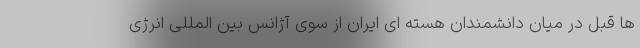
ها قبل در میان دانشمندان هسته ای ایران از سوی آژانس بین المللی انرژی